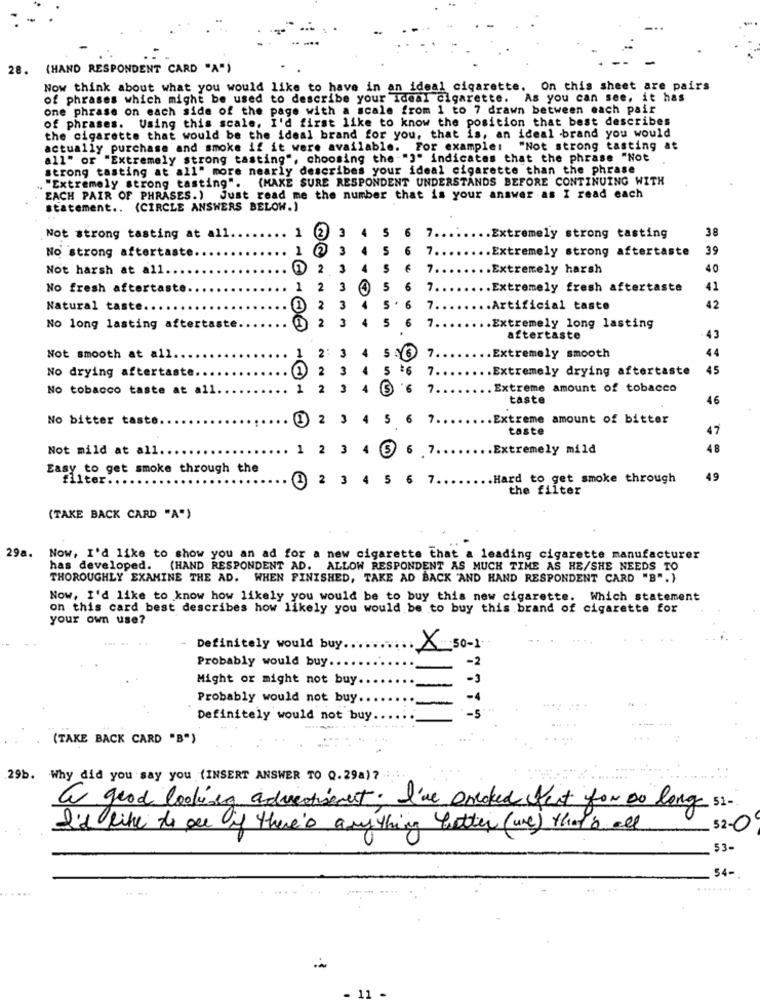
28. (HAND RESPONDENT CARD "A")
Now think about what you would like to have in an ideal cigarette.
On this sheet are pairs
of phrases which might be used to describe your ideal cigarette. As you can see, it has
one phrase on each side of the page with a scale from 1 to 7 drawn between each pair
of phrases. Using this scale, I'd first like to know the position that best describes
the cigarette that would be the ideal brand for you, that is, an ideal brand you would
actually purchase and smoke if it were available. For example: "Not strong tasting at
all" or "Extremely strong tasting", choosing the"""" indicates that the phrase "Not
strong tasting at all" more nearly describes your ideal cigarette than the phrase
. "Extremely strong tasting". (MAKE SURE RESPONDENT UNDERSTANDS BEFORE CONTINUING WITH
EACH PAIR OF PHRASES.) Just read me the number that is your answer as I read each
statement .. (CIRCLE ANSWERS BELOW.)
1
2
3
S
6
7.
38
Not strong tasting at all.
Extremely strong tasting
1
2
3
S
6
7 ..
.Extremely strong aftertaste
39
No strong aftertaste.
Not harsh at all.
G
2
3
S
7
.Extremely harsh
40
No fresh aftertaste
1
2
3
5
6
7.
.Extremely fresh aftertaste
41
Natural taste.
2
3
4
5 .6
7.
.. Artificial taste
42
2
4
5
6
No long lasting aftertaste
7.
.. Extremely long lasting
43
aftertaste
2:
3
Not smooth at all.
1
5 6
7.
.. Extremely smooth
No drying aftertaste.
2
3
5
7
Extremely drying aftertaste
45
No tobacco taste at all
2
2
3
6
Extreme amount of tobacco
taste
46
No bitter taste.
2
3
4
5
6
7 ..
.Extreme amount of bitter
taste
Not mild at all
1
2
6 7 .
.Extremely mild
Easy to get smoke through the
filter.
@ 2 3
4
5 6 7.
Hard to get smoke through
49
the filter
(TAKE BACK CARD "A")
29a. Now, I'd like to show you an ad for a new cigarette that a leading cigarette manufacturer
has developed. (HAND RESPONDENT AD. ALLOW RESPONDENT AS MUCH TIME AS HE/SHE NEEDS TO
THOROUGHLY EXAMINE THE AD. WHEN FINISHED, TAKE AD BACK AND HAND RESPONDENT CARD "B". }
Now, I'd like to know how likely you would be to buy this new cigarette. Which statement
on this card best describes how likely you would be to buy this brand of cigarette for
your own use?
- Definitely would buy.
.X 30-1.
Probably would buy.
-2
Might or might not buy
Probably would not buy ..
-5
Definitely would not buy.
(TAKE BACK CARD "B")
......
.. ...
29b. Why did you say you (INSERT ANSWER TO Q. 29a)? -. ..
a good looking advertisement. I've oncked test for so long 5 :-
I'd like to see if there's anything better (une) that's all
52-0
53-
54-
.......